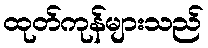
ထုတ်ကုန်များသည်